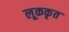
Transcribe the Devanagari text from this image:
लूककृत